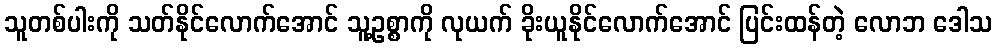
သူတစ်ပါးကို သတ်နိုင်လောက်အောင် သူ့ဥစ္စာကို လုယက် ခိုးယူနိုင်လောက်အောင် ပြင်းထန်တဲ့ လောဘ ဒေါသ